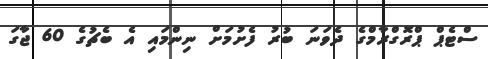
ސްޓެޕް ޕްރޮގްރާމްގެ ދެވަނަ ބުރު ފެށުމަށް ނިންމައި އެ ބެޗުގެ 60 ޖާގަ